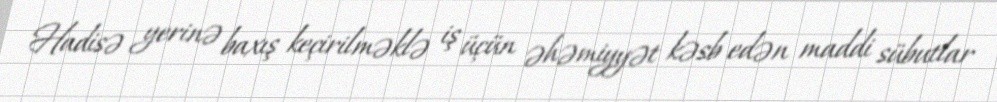
Hadisə yerinə baxış keçirilməklə iş üçün əhəmiyyət kəsb edən maddi sübutlar